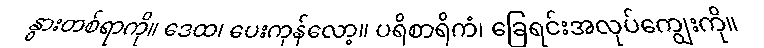
နွားတစ်ရာကို။ ဒေထ၊ ပေးကုန်လော့။ ပရိစာရိကံ၊ ခြေရင်းအလုပ်ကျွေးကို။